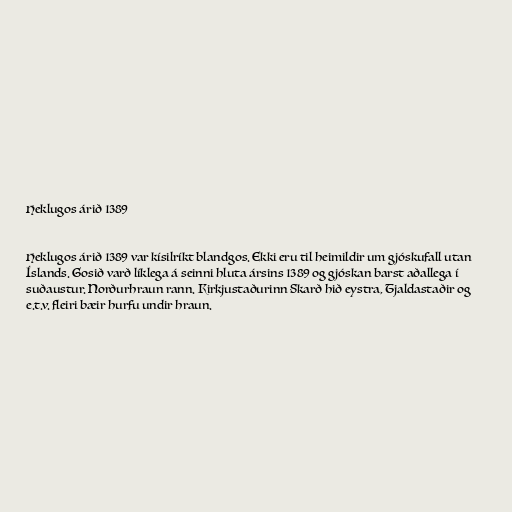
Heklugos árið 1389

Heklugos árið 1389 var kísilríkt blandgos. Ekki eru til heimildir um gjóskufall utan
Íslands. Gosið varð líklega á seinni hluta ársins 1389 og gjóskan barst aðallega í
suðaustur. Norðurhraun rann. Kirkjustaðurinn Skarð hið eystra, Tjaldastaðir og
e.t.v. fleiri bæir hurfu undir hraun.